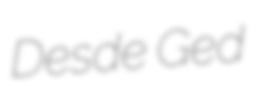
Desde Ged